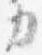
カ